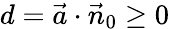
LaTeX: d={\vec{a}}\cdot{\vec{n}}_{0}\geq 0